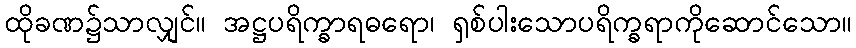
ထိုခဏ၌သာလျှင်။ အဋ္ဌပရိက္ခာရဓရော၊ ရှစ်ပါးသောပရိက္ခရာကိုဆောင်သော။